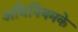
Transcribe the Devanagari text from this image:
अधिनियमके